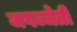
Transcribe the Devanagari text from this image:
जगज्जेती